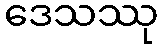
ဒေသဿု